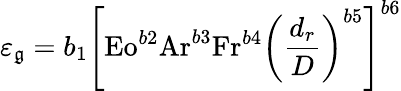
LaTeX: \varepsilon_{\mathfrak{g}}=b_{1}\left[{\mathrm{{Eo}}}^{b2}{\mathrm{{Ar}}}^{b3}{\mathrm{{Fr}}}^{b4}\left({\frac{{d_{r}}}{{D}}}\right)^{b5}\right]^{b6}